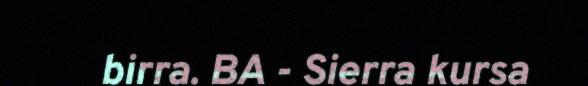
birra. BA - Sierra kursa